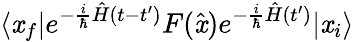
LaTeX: \langle\mathit{x}_{f}|e^{-{\frac{{i}}{{\hbar}}}{\hat{{H}}}(t-t^{\prime})}F({\hat{{\mathit{x}}}})e^{-{\frac{{i}}{{\hbar}}}{\hat{{H}}}(t^{\prime})}|\mathit{x}_{i}\rangle